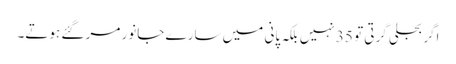
اگر بجلی گرتی تو 35 نہیں بلکہ پانی میں سارے جانور مر گئے ہوتے۔